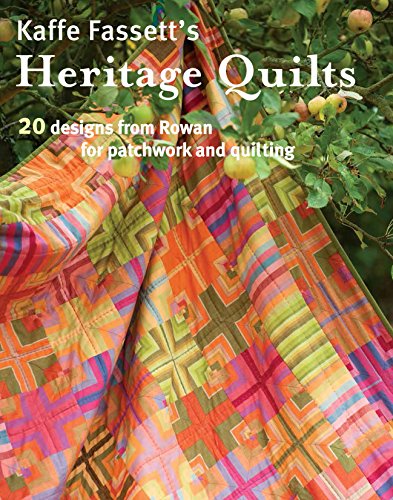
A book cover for Kaffe Fassett's Heritage Quilts; Kaffe Fassett; Crafts, Hobbies & Home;